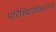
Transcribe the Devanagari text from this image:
परिस्थितिवैज्ञानिकों